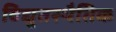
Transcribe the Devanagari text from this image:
विद्युतस्थैतिक